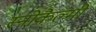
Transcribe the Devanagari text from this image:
स्नोकैल्मी